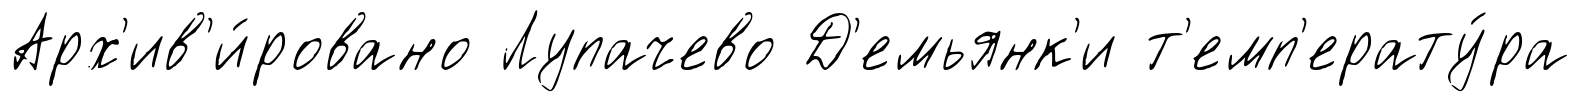
Арх'ив'и́ровано Лупачево Д'емьянк'и т'емп'ерату́ра